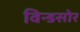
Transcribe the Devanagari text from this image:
विन्डसोर